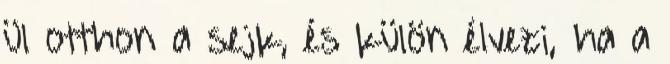
ül otthon a sejk, és külön élvezi, ha a